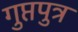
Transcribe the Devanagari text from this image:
गुप्तपुत्र